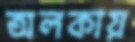
অলকায়